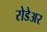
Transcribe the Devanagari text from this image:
रोडेअर